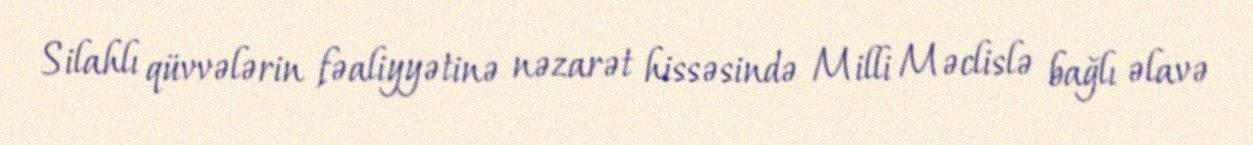
Silahlı qüvvələrin fəaliyyətinə nəzarət hissəsində Milli Məclislə bağlı əlavə